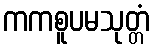
ကကစူပမသုတ္တံ